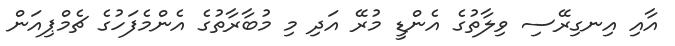
އާއި އިނގިރޭސި ވިލާތުގެ އެންޑީ މުރޭ އަދި މި މުބާރާތުގެ އެންމެފަހުގެ ޗެމްޕިއަން